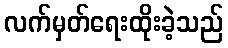
လက်မှတ်ရေးထိုးခဲ့သည်